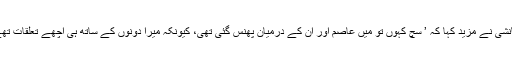
ہیمانشی نے مزید کہا کہ ’ سچ کہوں تو میں عاصم اور ان کے درمیان پھنس گئی تھی، کیونکہ میرا دونوں کے ساتھ ہی اچھے تعلقات تھے ۔